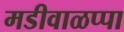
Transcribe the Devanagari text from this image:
मडीवाळप्पा